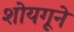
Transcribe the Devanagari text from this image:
शोयगूने